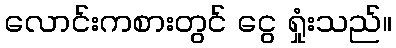
လောင်းကစားတွင် ငွေ ရှုံးသည်။